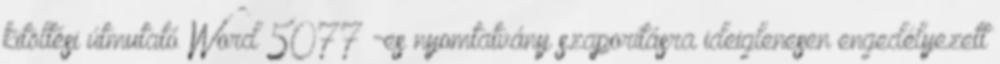
kitöltési útmutató Word 5077 -es nyomtatvány szaporításra ideiglenesen engedélyezett